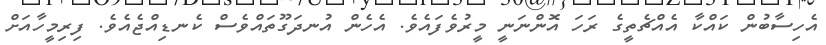
އެހިސާބުން ކައްކާ އެއްޗެތީގެ ރަހަ އޮންނަނީ މީރުވެފައެވެ. އެހެން އުނދަގޫތައްވެސް ކެނޑިއްޖެއެވެ. ފިރިމީހާއަށް